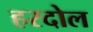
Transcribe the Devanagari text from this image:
हरदोल